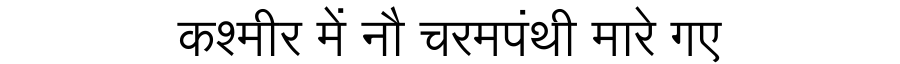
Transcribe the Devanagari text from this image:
कश्मीर में नौ चरमपंथी मारे गए